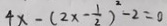
4 x - ( 2 x - \frac { 1 } { 2 } ) ^ { 2 } - 2 = 0